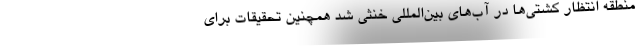
منطقه انتظار کشتی‌ها در آب‌های بین‌المللی خنثی شد همچنین تحقیقات برای